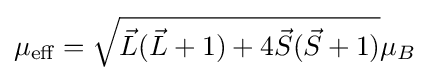
\mu _{\text{eff}}={\sqrt {{\vec {L}}({\vec {L}}+1)+4{\vec {S}}({\vec {S}}+1)}}\mu _{B}